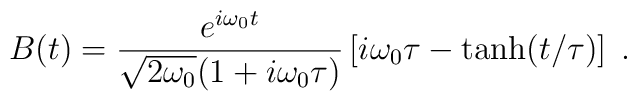
B(t)=\frac{{ e}^{i\omega_0 t}}{\sqrt{2\omega_0}(1+i\omega_0\tau)}\left[ i\omega_0\tau-\tanh(t/\tau)\right]\;.